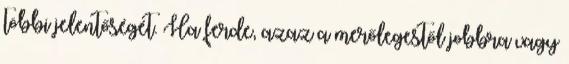
többi jelentőségét. Ha ferde, azaz a merőlegestől jobbra vagy